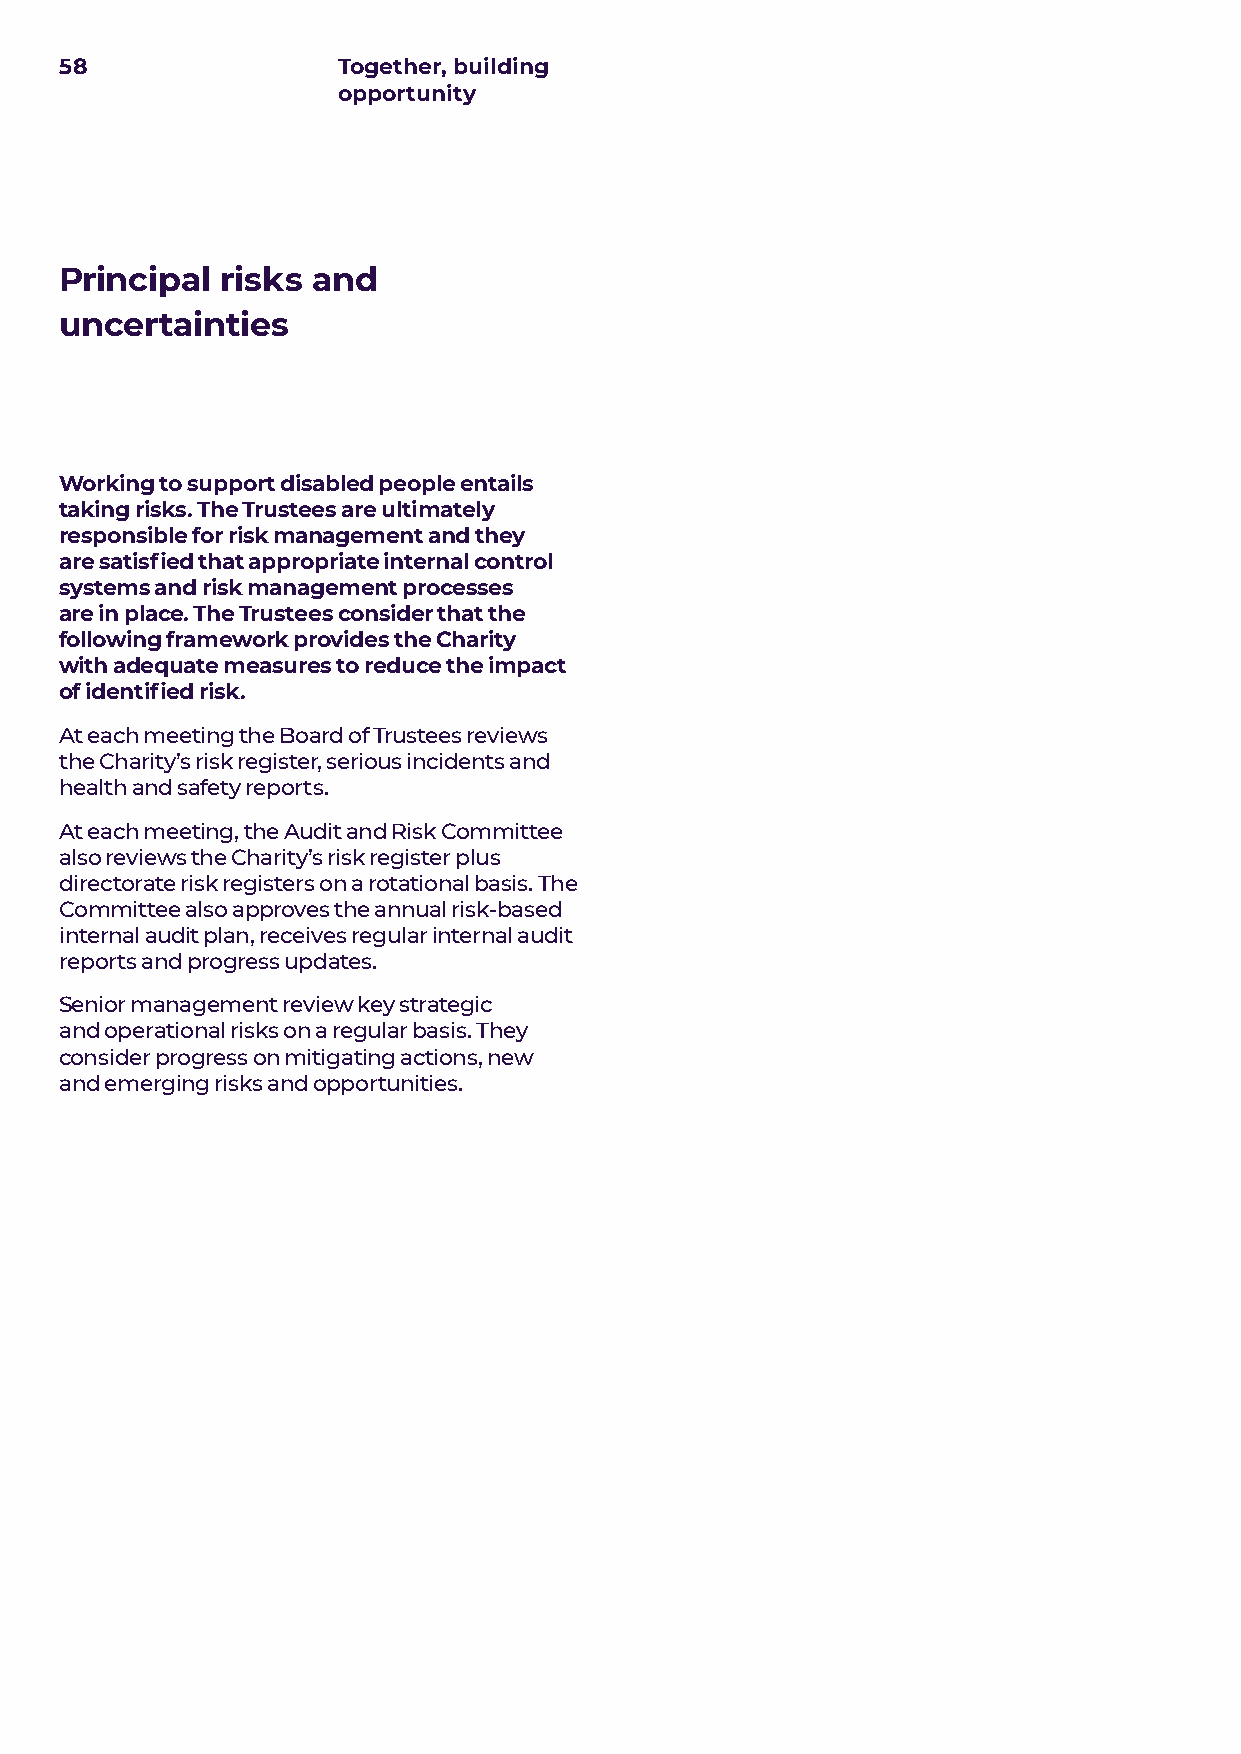
58                Together, building
 opportunity
 Principal  risks and
 uncertainties
 Working to support disabled people entails
 taking risks. The Trustees are ultimately
 responsible for risk management and they
 are satisfied that appropriate internal control
 systems and risk management processes
 are in place. The Trustees consider that the
 following framework provides the Charity
 with adequate measures to reduce the impact
 of identified risk.
 At each meeting the Board of Trustees reviews
 the Charity’s risk register, serious incidents and
 health and safety reports.
 At each meeting, the Audit and Risk Committee
 also reviews the Charity’s risk register plus
 directorate risk registers on a rotational basis. The
 Committee also approves the annual risk-based
 internal audit plan, receives regular internal audit
 reports and progress updates.
 Senior management review key strategic
 and operational risks on a regular basis. They
 consider progress on mitigating actions, new
 and emerging risks and opportunities.